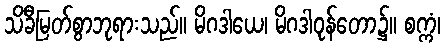
သိခီမြတ်စွာဘုရားသည်။ မိဂဒါယေ၊ မိဂဒါဝုန်တော၌။ စက္ကံ၊